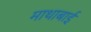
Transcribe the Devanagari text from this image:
माथाबाई